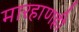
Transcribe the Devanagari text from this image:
मारहाणही